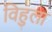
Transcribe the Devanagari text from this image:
विहुला